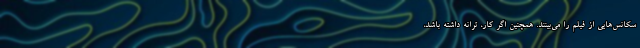
سکانس‌هایی از فیلم را می‌بینند. همچنین اگر کار، ترانه داشته باشد،